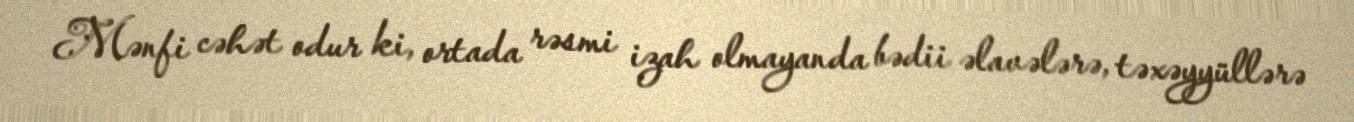
Mənfi cəhət odur ki, ortada rəsmi izah olmayanda bədii əlavələrə, təxəyyüllərə